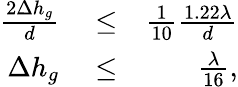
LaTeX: \begin{array}{rlr}{\frac{2\Delta h_{g}}{d}}&{{}\leq}&{\frac{1}{10}\frac{1.22\lambda}{d}}\\ {\Delta h_{g}}&{{}\leq}&{\frac{\lambda}{16},}\end{array}